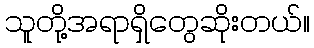
သူတို့အရာရှိတွေဆိုးတယ်။